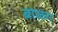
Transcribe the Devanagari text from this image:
बाळग